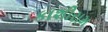
કાશીરામ